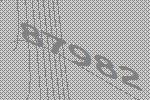
87982